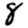
Digit: 8